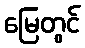
မြေတွင်